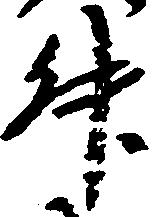
升